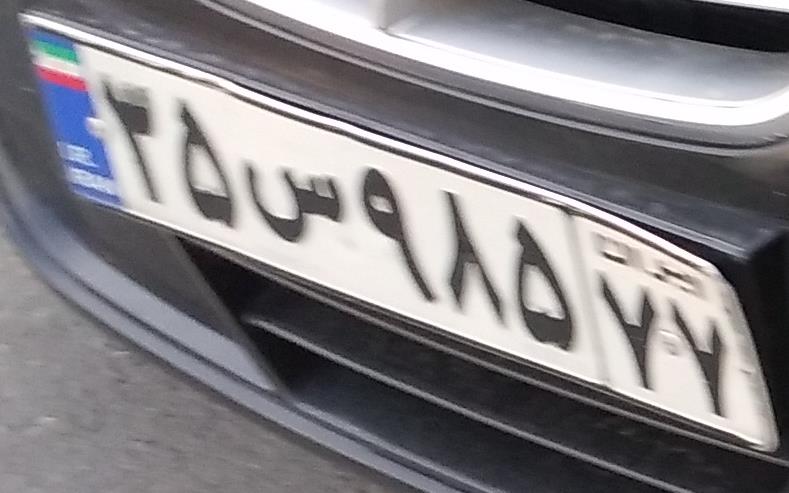
۳۵س۹۸۵۷۷